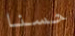
حسنا